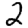
Digit: 2